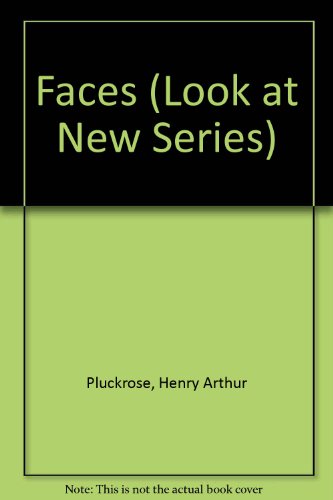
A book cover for Faces (Look at New Series); Henry Arthur Pluckrose; Medical Books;